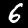
Label: 6